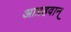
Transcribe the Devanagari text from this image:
आग्रहवान्‌